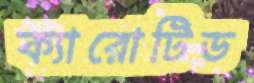
ক্যারোটিড